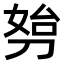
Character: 𠝔